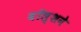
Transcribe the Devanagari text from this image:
वॉल्शने